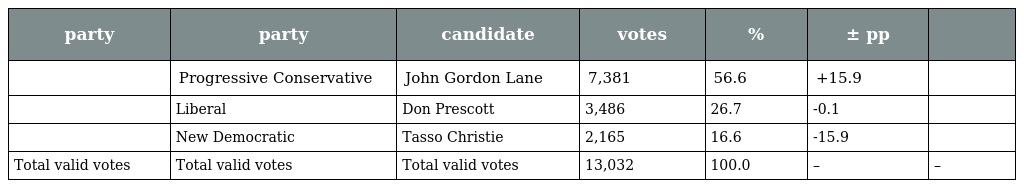
| party | party | candidate | votes | % | ± pp |  |
 | --- | --- | --- | --- | --- | --- | --- |
 |  | Progressive Conservative | John Gordon Lane | 7,381 | 56.6 | +15.9 |  |
 |  | Liberal | Don Prescott | 3,486 | 26.7 | -0.1 |  |
 |  | New Democratic | Tasso Christie | 2,165 | 16.6 | -15.9 |  |
 | Total valid votes | Total valid votes | Total valid votes | 13,032 | 100.0 | – | – |